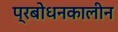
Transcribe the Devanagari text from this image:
प्रबोधनकालीन